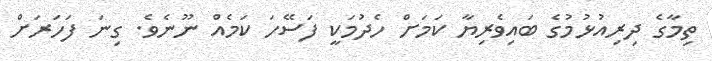
ތިމާގެ ދިރިއުޅުމުގެ ބައިވެރިޔާ ކަމަށް ހެދުމަކީ ފަސޭހަ ކަމެއް ނޫނެވެ. ގިނަ ފަހަރަށް